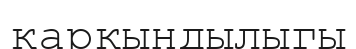
қарқындылыгы